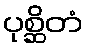
ပုစ္ဆိတံ